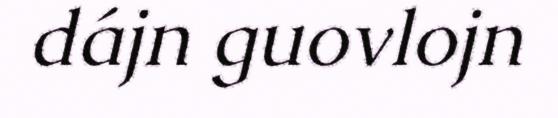
dájn guovlojn